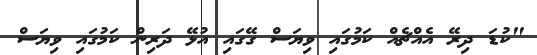
"ކުޑަ ދިރޭ އެއްޗެއް ކަމުގައި ވިޔަސް ގޭގައި އުޅޭ ދަރިން ކަމުގައި ވިޔަސް